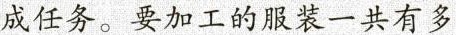
成任务。要加工的服装一共有多